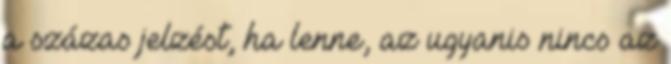
a százas jelzést, ha lenne, az ugyanis nincs az